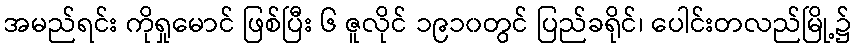
အမည်ရင်း ကိုရှုမောင် ဖြစ်ပြီး ၆ ဇူလိုင် ၁၉၁၀တွင် ပြည်ခရိုင်၊ ပေါင်းတလည်မြို့၌